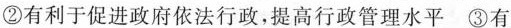
②有利于促进政府依法行政，提高行政管理水平③有